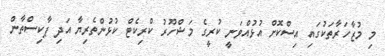
މި މުޒާހަރާތަކުގައި އިސްކޮށް އުޅުއްވަނީ ކުރީގެ މަޝްހޫރު ކްރިކެޓް ކުޅުންތެރިޔާ އަދި ޕާކިސްތާން